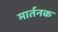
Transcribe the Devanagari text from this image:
मार्तनक